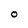
Character: O